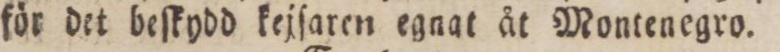
för det beſkydd kejſaren egnat åt Montenegro.